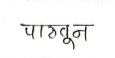
मजकूर: पाठवून